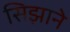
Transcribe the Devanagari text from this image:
सिझाने